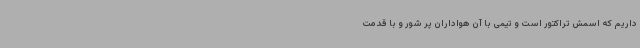
داریم که اسمش تراکتور است و تیمی با آن هواداران پر شور و با قدمت